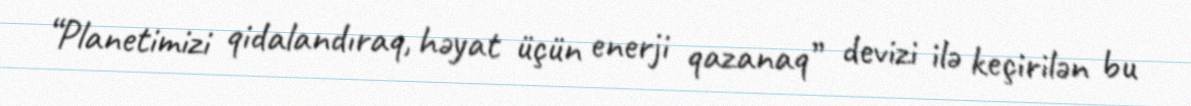
“Planetimizi qidalandıraq, həyat üçün enerji qazanaq” devizi ilə keçirilən bu